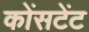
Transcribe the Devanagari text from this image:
कोंसटेंट